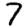
Digit: 7